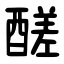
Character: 醝